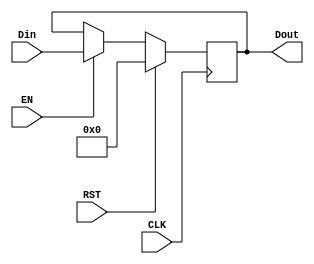
`timescale 1ns / 1ps
//////////////////////////////////////////////////////////////////////////////////



module register#(parameter WL = 32)
                (input CLK, RST, EN, 
                 input [WL-1:0] Din,
                 output reg [WL-1:0] Dout);
always@(posedge CLK) begin
    if (RST == 1) Dout <= 0; // active high reset
    else if (EN) Dout <= Din;
    end

endmodule